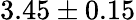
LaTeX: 3.45\pm 0.15